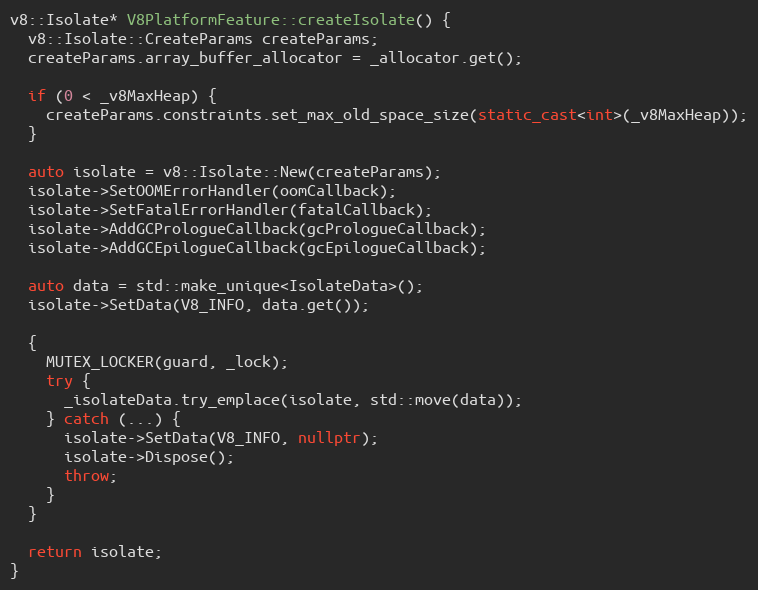
Language: C++
v8::Isolate* V8PlatformFeature::createIsolate() {
  v8::Isolate::CreateParams createParams;
  createParams.array_buffer_allocator = _allocator.get();

  if (0 < _v8MaxHeap) {
    createParams.constraints.set_max_old_space_size(static_cast<int>(_v8MaxHeap));
  }

  auto isolate = v8::Isolate::New(createParams);
  isolate->SetOOMErrorHandler(oomCallback);
  isolate->SetFatalErrorHandler(fatalCallback);
  isolate->AddGCPrologueCallback(gcPrologueCallback);
  isolate->AddGCEpilogueCallback(gcEpilogueCallback);

  auto data = std::make_unique<IsolateData>();
  isolate->SetData(V8_INFO, data.get());

  {
    MUTEX_LOCKER(guard, _lock);
    try {
      _isolateData.try_emplace(isolate, std::move(data));
    } catch (...) {
      isolate->SetData(V8_INFO, nullptr);
      isolate->Dispose();
      throw;
    }
  }

  return isolate;
}